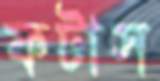
ফটাস